Vaccination in Bombay 1863-1868 - 1863-1868
Year: 1863
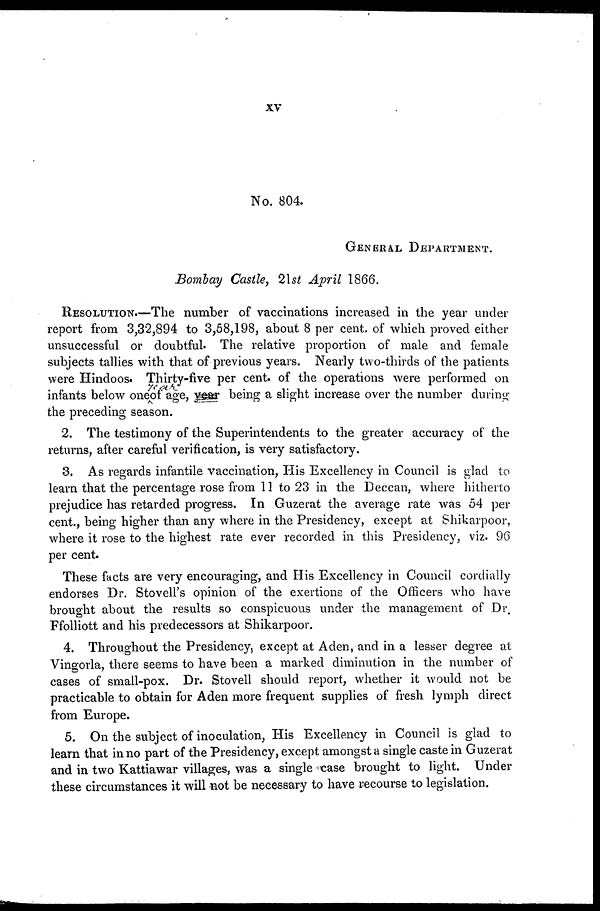
xv
No. 804.
GENERAL DEPARTMENT.
Bombay Castle, 21st April 1866.
RESOLUTION.—The number of vaccinations increased in the year under
report from 3,32,894 to 3,58,198, about 8 per cent. of which proved either
unsuccessful or doubtful. The relative proportion of male and female
subjects tallies with that of previous years. Nearly two-thirds of the patients
were Hindoos. Thirty-five per cent. of the operations were performed on
infants below one y e a r of age,
being a slight increase over the number during
the preceding season.
2. The testimony of the Superintendents to the greater accuracy of the
returns, after careful verification, is very satisfactory.
3. As regards infantile vaccination, His Excellency in Council is glad to
learn that the percentage rose from 11 to 23 in the Deccan, where hitherto
prejudice has retarded progress. In Guzerat the average rate was 54 per
cent., being higher than any where in the Presidency, except at Shikarpoor,
where it rose to the highest rate ever recorded in this Presidency, viz. 96
per cent.
These facts are very encouraging, and His Excellency in Council cordially
endorses Dr. Stovell's opinion of the exertions of the Officers who have
brought about the results so conspicuous under the management of Dr.
Ffolliott and his predecessors at Shikarpoor.
4. Throughout the Presidency, except at Aden, and in a lesser degree at
Vingorla, there seems to have been a marked diminution in the number of
cases of small-pox. Dr. Stovell should report, whether it would not be
practicable to obtain for Aden more frequent supplies of fresh lymph direct
from Europe.
5. On the subject of inoculation, His Excellency in Council is glad to
learn that in no part of the Presidency, except amongst a single caste in Guzerat
and in two Kattiawar villages, was a single case brought to light. Under
these circumstances it will not be necessary to have recourse to legislation.